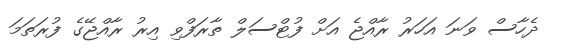
ދެހާސް ވަނަ އަހަރު ރާއްޖެ އަށް ފުޓްސަލް ތާރަފްވި އިރު ރާއްޖޭގެ ފުރަތަމަ